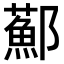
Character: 𨟂